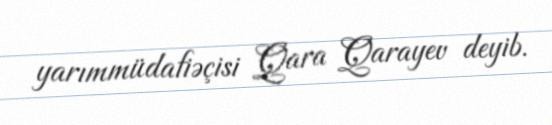
yarımmüdafiəçisi Qara Qarayev deyib.